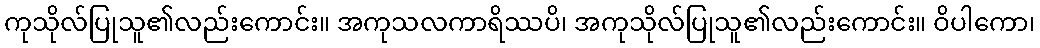
ကုသိုလ်ပြုသူ၏လည်းကောင်း။ အကုသလကာရိဿပိ၊ အကုသိုလ်ပြုသူ၏လည်းကောင်း။ ဝိပါကော၊